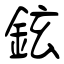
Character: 鉉